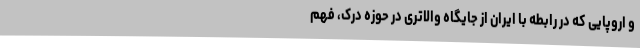
و اروپایی که در رابطه با ایران از جایگاه والاتری در حوزه درک، فهم